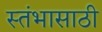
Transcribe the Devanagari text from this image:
स्तंभासाठी